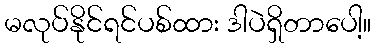
မလုပ်နိုင်ရင်ပစ်ထား ဒါပဲရှိတာပေါ့။